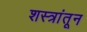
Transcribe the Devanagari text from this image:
शस्त्रांतून